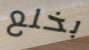
بخلع